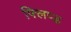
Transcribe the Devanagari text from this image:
फ्लिप्ड